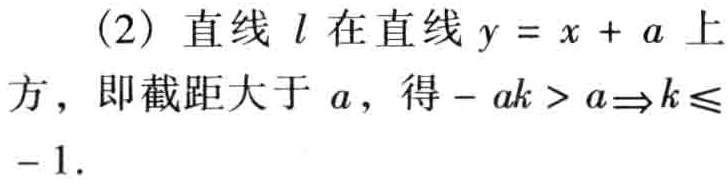
(2) 直线 \(l\) 在直线 \(y = x + a\) 上
方，即截距大于 \(a\)，得 \(-ak > a\Rightarrow k\leqslant - 1\).